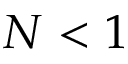
N < 1